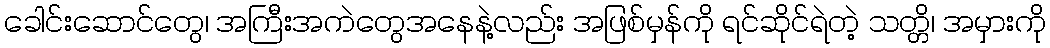
ခေါင်းဆောင်တွေ၊ အကြီးအကဲတွေအနေနဲ့လည်း အဖြစ်မှန်ကို ရင်ဆိုင်ရဲတဲ့ သတ္တိ၊ အမှားကို